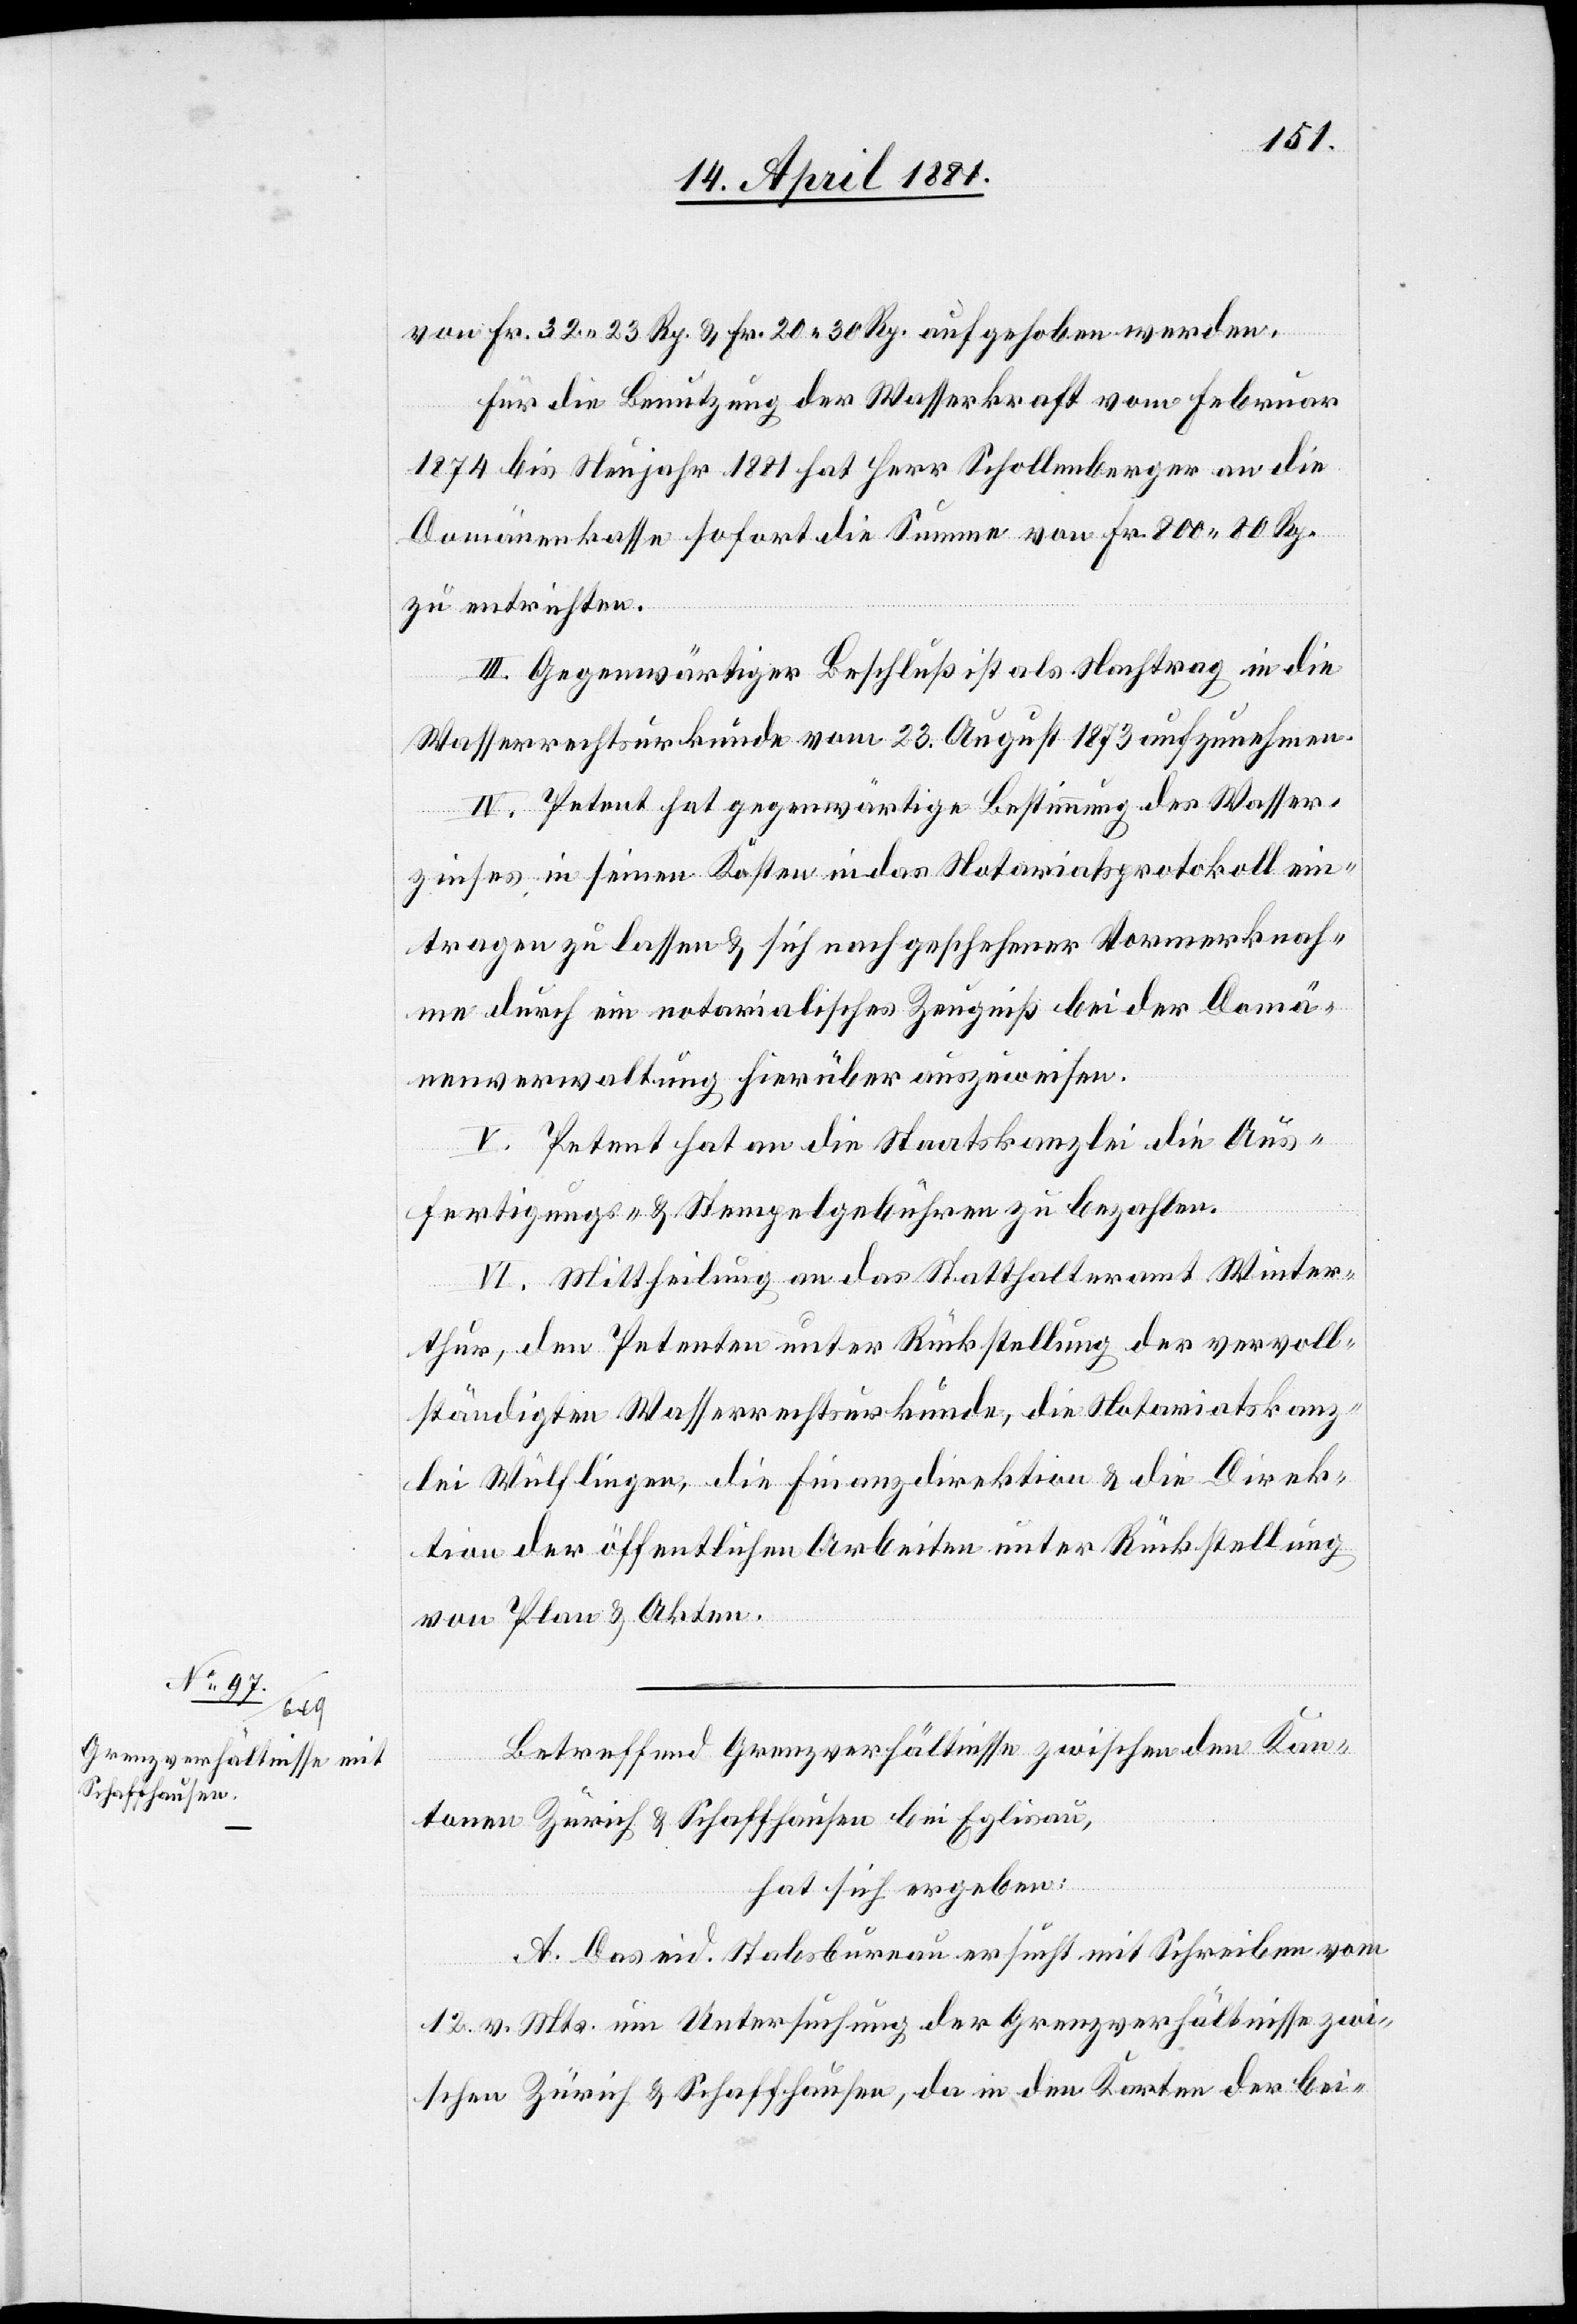
von Fr. 32.23 Rp. & Fr. 20.30 Rp. aufgehoben werden.
Für die Benutzung der Wasserkraft vom Februar
1874 bis Neujahr 1881 hat Herr Schollenberger an die
Domänenkasse sofort die Summe von Fr. 200.80 Rp.
zu entrichten.
III. Gegenwärtiger Beschluß ist als Nachtrag in die
Wasserrechtsurkunde vom 23. August 1873 aufzunehmen.
IV. Petent hat gegenwärtige Bestimmung des Wasser¬
zinses in seinen Kösten [sic!] in das Notariatsprotokoll ein¬
tragen zu lassen & sich nach geschehener Vormerknah¬
me durch ein notarialisches Zeugniß bei der Domä¬
nenverwaltung hierüber auszuweisen.
V. Petent hat an die Staatskanzlei die Aus¬
fertigungs- & Stempelgebühren zu bezahlen.
VI. Mittheilung an das Statthalteramt Winter¬
thur, den Petenten unter Rückstellung der vervoll¬
ständigten Wasserrechtsurkunde, die Notariatskanz¬
lei Wülflingen, die Finanzdirektion & die Direk¬
tion öffentlichen Arbeiten unter Rückstellung
von Plan & Akten.
Betreffend Grenzverhältnisse zwischen den Kan¬
tonen Zürich & Schaffhausen bei Eglisau,
hat sich ergeben:
A. Das eid. Stabsbureau ersucht mit Schreiben vom
12. v. Mts. um Untersuchung der Grenzverhältnisse zwi¬
schen Zürich & Schaffhausen, da in den Karten der bei-